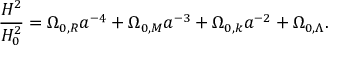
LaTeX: { \frac { H ^ { 2 } } { H _ { 0 } ^ { 2 } } } = \Omega _ { 0 , R } a ^ { - 4 } + \Omega _ { 0 , M } a ^ { - 3 } + \Omega _ { 0 , k } a ^ { - 2 } + \Omega _ { 0 , \Lambda } .